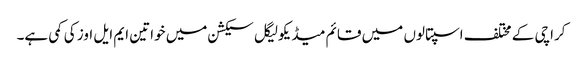
کراچی کے مختلف اسپتالوں میں قائم میڈیکولیگل سیکشن میں خواتین ایم ایل اوز کی کمی ہے۔